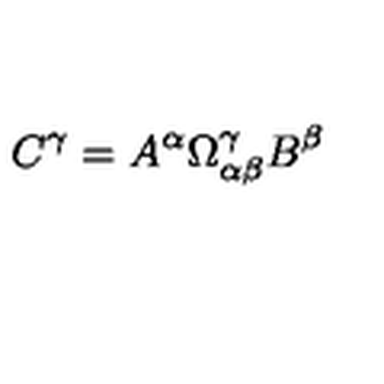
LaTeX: C ^ { \gamma } = A ^ { \alpha } \Omega _ { \alpha \beta } ^ { \gamma } B ^ { \beta }